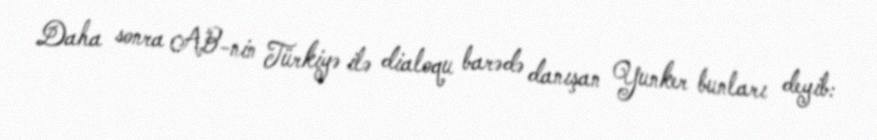
Daha sonra AB-nin Türkiyə ilə dialoqu barədə danışan Yunker bunları deyib: